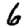
Digit: 6